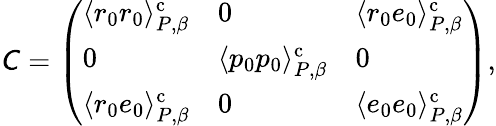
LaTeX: \mathsfit{C}=\left(\begin{array}{lll}{\langle r_{0}r_{0}\rangle_{P,\beta}^{\mathrm{c}}}&{0}&{\langle r_{0}e_{0}\rangle_{P,\beta}^{\mathrm{c}}}\\ {0}&{\langle p_{0}p_{0}\rangle_{P,\beta}^{\mathrm{c}}}&{0}\\ {\langle r_{0}e_{0}\rangle_{P,\beta}^{\mathrm{c}}}&{0}&{\langle e_{0}e_{0}\rangle_{P,\beta}^{\mathrm{c}}}\end{array}\right),